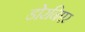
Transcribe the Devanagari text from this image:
डोरनिएर